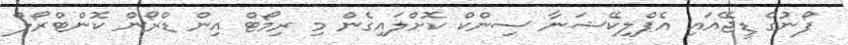
ފޯނުގެ ޑީޖޭއައި އެޕްލިކޭޝަނާ ސިންކް ކޮށްލައިގެން މި ރިމޯޓް އިން ޑްރޯން ކޮންޓްރޯލް